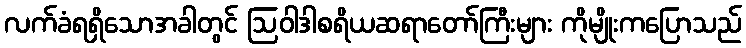
လက်ခံရရှိသောအခါတွင် ဩဝါဒါစရိယဆရာတော်ကြီးများ ကိုမျိုးကပြောသည်